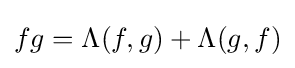
fg=\Lambda (f,g)+\Lambda (g,f)